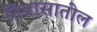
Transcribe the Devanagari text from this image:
निवासातील